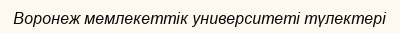
Воронеж мемлекеттік университеті түлектері